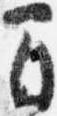
間